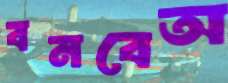
বনবেঅ